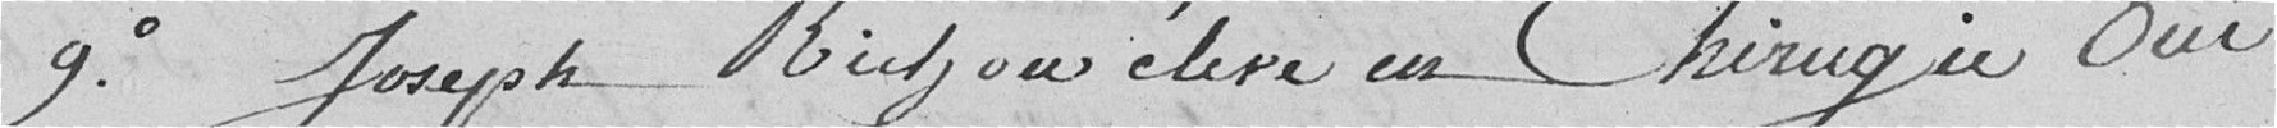
9°. Joseph Richou élève en chirurgie oui